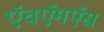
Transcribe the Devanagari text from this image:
ऍचऍमऍस